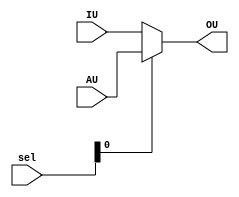
module MUX(
	input [1:0] sel,
	input [7:0] IU, AU,
	output [7:0] OU
);

	assign OU = sel[0] ? AU : IU;
	
endmodule